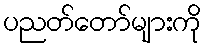
ပညတ်တော်များကို